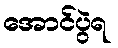
အောင်ပွဲရ